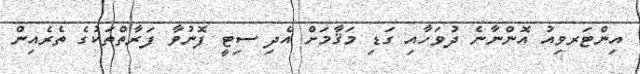
އިންޓަރވިއު އޮންނާނެ ދުވަހާއި ގަޑި މަޤާމަށް އެދި ސިޓީ ފޮނުވާ ފަރާތްތަކުގެ ތެރެއިން